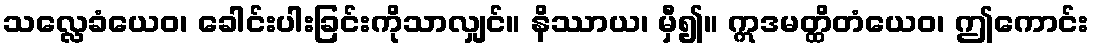
သလ္လေခံယေဝ၊ ခေါင်းပါးခြင်းကိုသာလျှင်။ နိဿာယ၊ မှီ၍။ ဣဒမတ္ထိတံယေဝ၊ ဤကောင်း